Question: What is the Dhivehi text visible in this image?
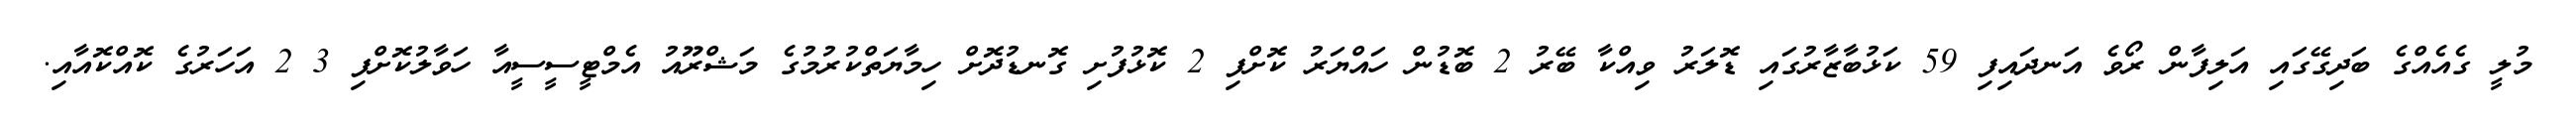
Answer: މުލީ ގެއެއްގެ ބަދިގޭގައި އަލިފާން ރޯވެ އަނދައިފި 59 ކަޅުބާޒާރުގައި ޑޮލަރު ވިއްކާ ބޭރު 2 ބޮޑުން ހައްޔަރު ކޮށްފި 2 ކޮޅުފުށި ގޮނޑުދޮށް ހިމާޔަތްކުރުމުގެ މަޝްރޫއު އެމްޓީސީސީއާ ހަވާލުކޮށްފި 3 2 އަހަރުގެ ކޮއްކޮއާއި.